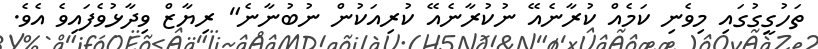
ތަހުގީގުގައި މިވެނި ކަމެއް ކުރާނެއޭ ނުކުރާނެއޭ ކުރިއަކުން ނުބުނާނެ" ރިޔާޒް ވިދާޅުވެފައިވެ އެވެ.